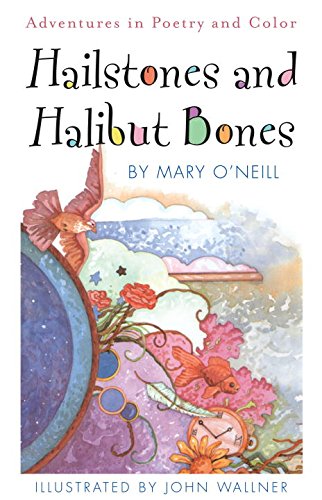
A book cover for Hailstones and Halibut Bones: Adventures in Poetry and Color; Mary O'Neill; Children's Books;